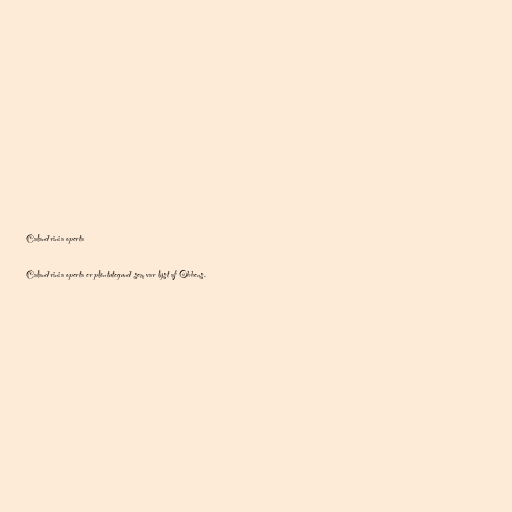
Calandrinia operta

Calandrinia operta er plöntutegund sem var lýst af Obbens.